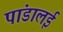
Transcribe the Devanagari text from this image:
पांडालई